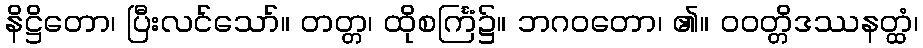
နိဋ္ဌိတော၊ ပြီးလင်သော်။ တတ္တ၊ ထိုစင်္ကြံ၌။ ဘဂဝတော၊ ၏။ ဝဝတ္တိဒဿနတ္ထံ၊